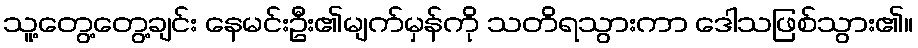
သူ့တွေ့တွေ့ချင်း နေမင်းဦး၏မျက်မှန်ကို သတိရသွားကာ ဒေါသဖြစ်သွား၏။